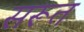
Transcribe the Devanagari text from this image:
सरूत